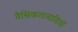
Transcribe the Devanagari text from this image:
वैश्विकतावादियों